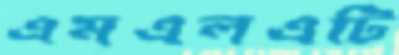
এমএলএটি